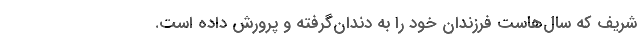
شریف که سال‌هاست فرزندان خود را به دندان‌گرفته و پرورش داده است.